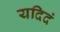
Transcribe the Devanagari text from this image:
यदिदं